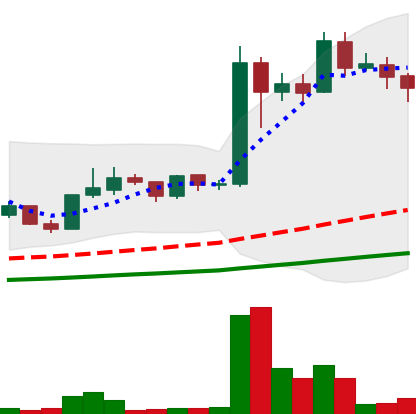
Ticker: LINK-USD
Chart end date: 2019-06-21
Forward return: 32.809%
Label: up_7plus